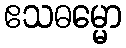
ဧသဓမ္မော